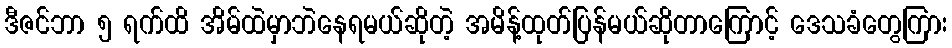
ဒီဇင်ဘာ ၅ ရက်ထိ အိမ်ထဲမှာဘဲနေရမယ်ဆိုတဲ့ အမိန့်ထုတ်ပြန်မယ်ဆိုတာကြောင့် ဒေသခံတွေကြား